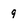
Character: 9